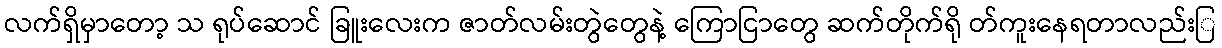
လက်ရှိမှာတော့ သ ရုပ်ဆောင် ခြူးလေးက ဇာတ်လမ်းတွဲတွေနဲ့ ကြောငြာတွေ ဆက်တိုက်ရို တ်ကူးနေရတာလည်းြ